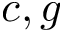
c , g